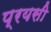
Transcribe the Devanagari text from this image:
प्रयसी